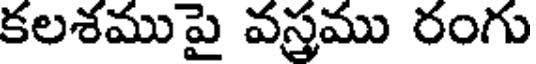
కలశముపై వస్త్రము రంగు